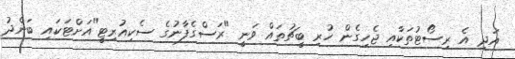
އަދި އެ ރިސޯޓުތަކާއި ޖެހިގެން ހުރި ބީޗުތައް ވަނީ "ރަސްގެފާނުގެ ސެކިއުރިޓީ"އަށްޓަކައި ބަންދު